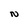
Character: N